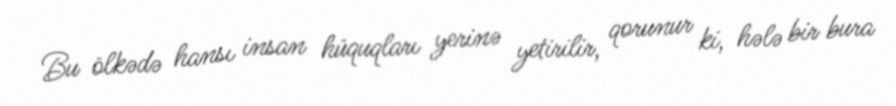
Bu ölkədə hansı insan hüquqları yerinə yetirilir, qorunur ki, hələ bir bura